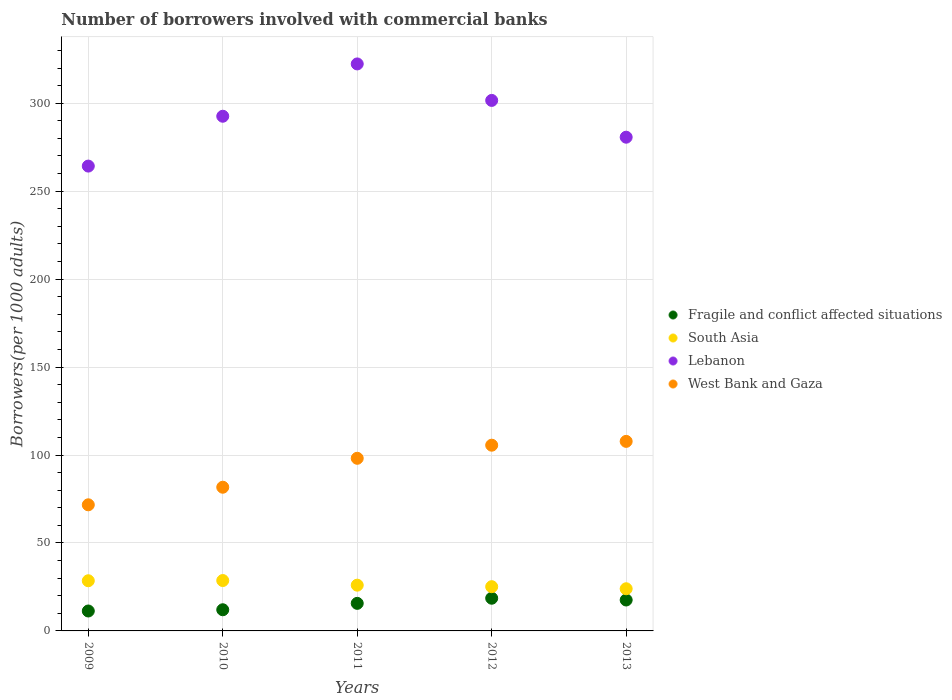
| Years | Fragile and conflict affected situations | South Asia | Lebanon | West Bank and Gaza |
 | --- | --- | --- | --- | --- |
 | 2009 | 11.3 | 28.5 | 264 | 71.7 |
 | 2010 | 12 | 28.6 | 293 | 81.7 |
 | 2011 | 15.7 | 26 | 322 | 98.1 |
 | 2012 | 18.6 | 25.1 | 302 | 106 |
 | 2013 | 17.6 | 24 | 281 | 108 |